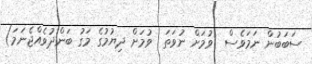
ސަބަބުން ނަމަވެސް  ވުމަށް ނުވަތަ  ވުމަށް ދިޔުމުގެ މަގު ބަންދުވެއްޖެނަމަ)